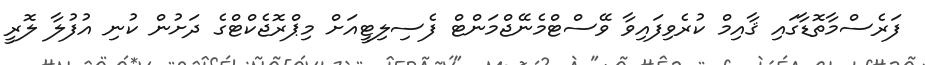
ފަރެސްމާތޮޑާގައި ޤާއިމް ކުރެވިފައިވާ ވޭސްޓްމެނޭޖްމަންޓް ފެސިލިޓީއަށް މިޕްރޮޖެކްޓްގެ ދަށުން ކުނި އުފުލާ ލޮރީ